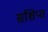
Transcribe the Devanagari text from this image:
संशिप्त